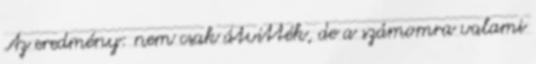
Az eredmény: nem csak átvitték, de a számomra valami